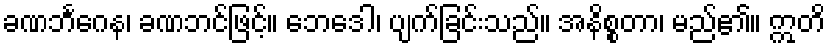
ခဏဘင်္ဂေန၊ ခဏဘင်ဖြင့်။ ဘေဒေါ၊ ပျက်ခြင်းသည်။ အနိစ္စတာ၊ မည်၏။ ဣတိ